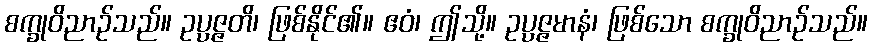
စက္ခုဝိညာဉ်သည်။ ဥပ္ပဇ္ဇတိ၊ ဖြစ်နိုင်၏။ ဧဝံ၊ ဤသို့။ ဥပ္ပဇ္ဇမာနံ၊ ဖြစ်သော စက္ခုဝိညာဉ်သည်။